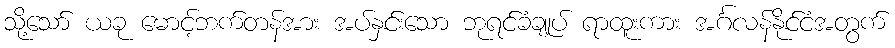
သို့သော် ယခု မောင့်ဘက်တန်အား အပ်နှင်းသော ဘုရင်ခံချုပ် ရာထူးကား အင်္ဂလန်နိုင်ငံအတွက်